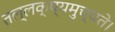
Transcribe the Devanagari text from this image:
तल्लक्ष्यमुच्यते।